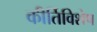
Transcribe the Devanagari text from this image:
कीर्तिविशेष